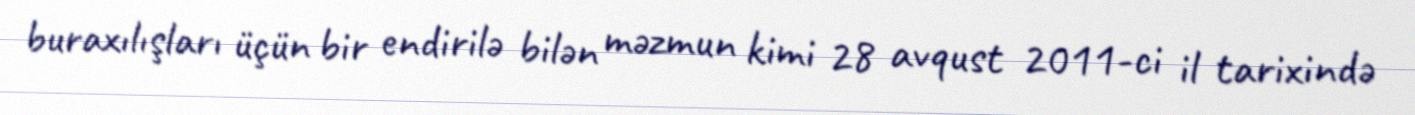
buraxılışları üçün bir endirilə bilən məzmun kimi 28 avqust 2011-ci il tarixində